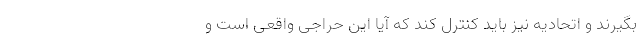
بگیرند و اتحادیه نیز باید کنترل کند که آیا این حراجی واقعی است و